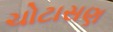
ચોટાસણ